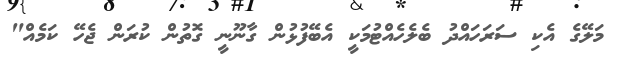
މަލޭގެ އެކި ސަރަހައްދު ބެލެހެއްޓުމަކީ އެބޭފުޅުން ގާނޫނީ ގޮތުން ކުރަން ޖެހޭ ކަމެއް"